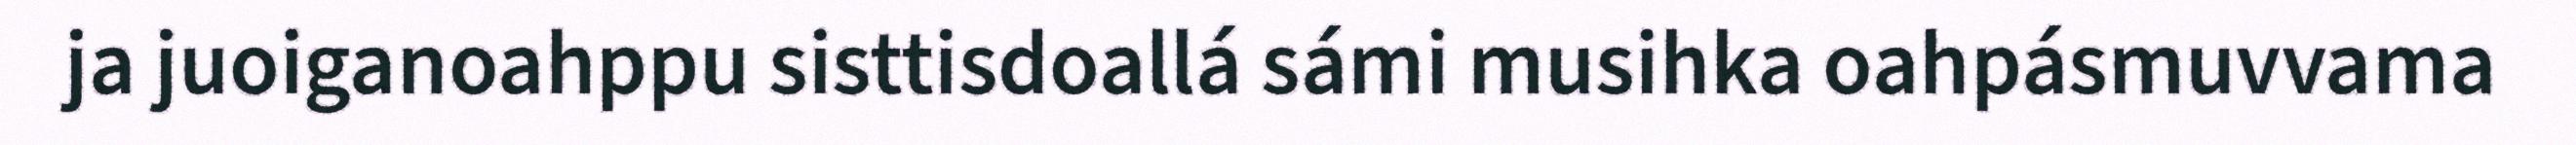
ja juoiganoahppu sisttisdoallá sámi musihka oahpásmuvvama